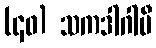
(၄၀) သကဒါဂါမီ